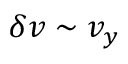
\delta v \sim v _ { y }